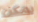
يمكن